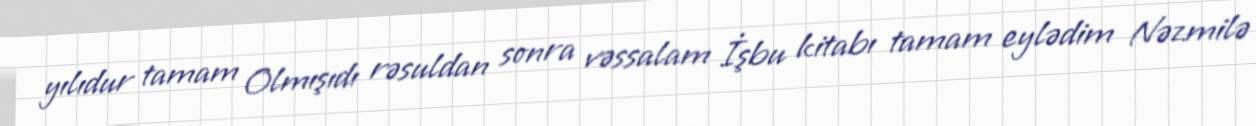
yılıdur tamam Olmışıdı rəsuldan sonra vəssalam İşbu kitabı tamam eylədim Nəzmilə